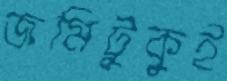
জমিটুকুই